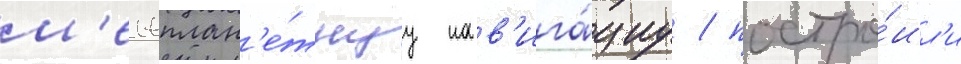
м'ежплан'е́тнуу нав'ига́циу / постро́ил'и